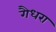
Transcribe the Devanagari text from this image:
गैधरा